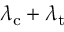
\lambda _ { \mathrm { c } } + \lambda _ { \mathrm { t } }